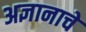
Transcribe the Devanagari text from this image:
अज्ञानाचे